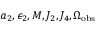
a _ { 2 } , \epsilon _ { 2 } , M , J _ { 2 } , J _ { 4 } , \Omega _ { \mathrm { o b s } }